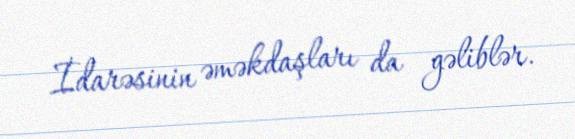
İdarəsinin əməkdaşları da gəliblər.